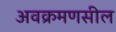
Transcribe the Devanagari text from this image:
अवक्रमणसील